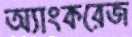
অ্যাংকরেজ